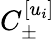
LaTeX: C_{\pm}^{[u_{i}]}